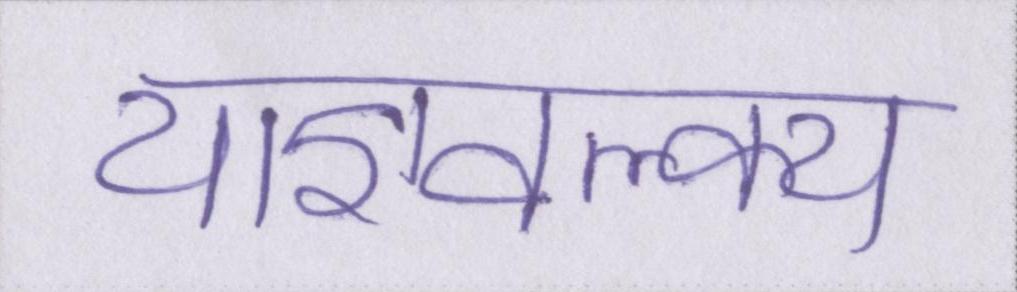
याज्ञवल्क्य